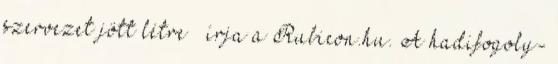
szervezet jött létre – írja a Rubicon.hu. A hadifogoly-